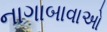
નાગાબાવાઓ